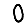
Digit: 0